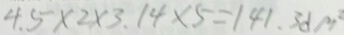
4 . 5 \times 2 \times 3 . 1 4 \times 5 = 1 4 1 . 3 d p